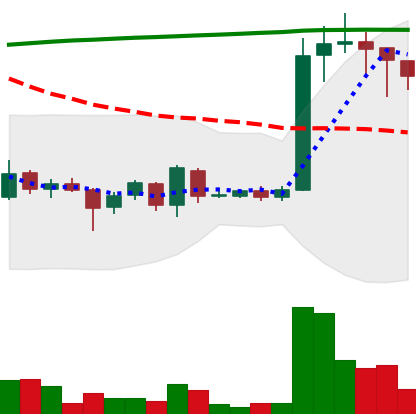
Ticker: EOS-USD
Chart end date: 2018-04-16
Forward return: 37.099%
Label: up_7plus